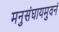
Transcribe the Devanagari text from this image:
मनुसंघायमुवनं